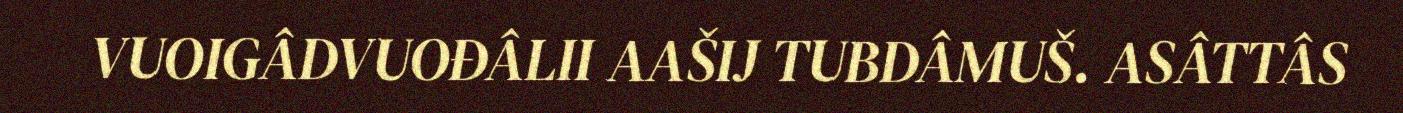
VUOIGÂDVUOĐÂLII AAŠIJ TUBDÂMUŠ. ASÂTTÂS